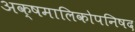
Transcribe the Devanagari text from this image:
अक्षमालिकोपनिषद